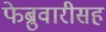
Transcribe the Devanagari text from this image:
फेब्रुवारीसह